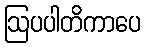
ဩပပါတိကာပေ